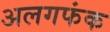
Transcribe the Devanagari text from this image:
अलगफंक